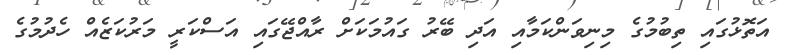
އަތޮޅުގައި ތިބުމުގެ މިނިވަންކަމާއި އަދި ބޭރު ގައުމަކަށް ރާއްޖޭގައި އަސްކަރީ މަރުކަޒެއް ހެދުމުގެ